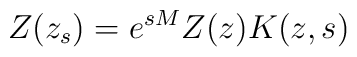
Z(z_{s})=e^{sM}Z(z)K(z,s)